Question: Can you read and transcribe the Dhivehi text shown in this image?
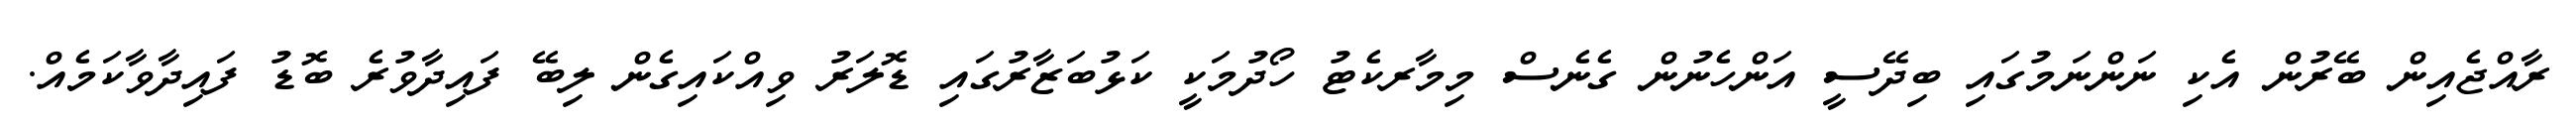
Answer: ރާއްޖެއިން ބޭރުން އެކި ނަންނަމުގައި ބިދޭސީ އަންހެނުން ގެނެސް މިމާރކެޓު ހޯދުމަކީ ކަޅުބަޒާރުގައި ޑޮލަރު ވިއްކައިގެން ލިބޭ ފައިދާވުރެ ބޮޑު ފައިދާވާކަމެއް.